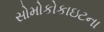
સોમોકોકાઇટના